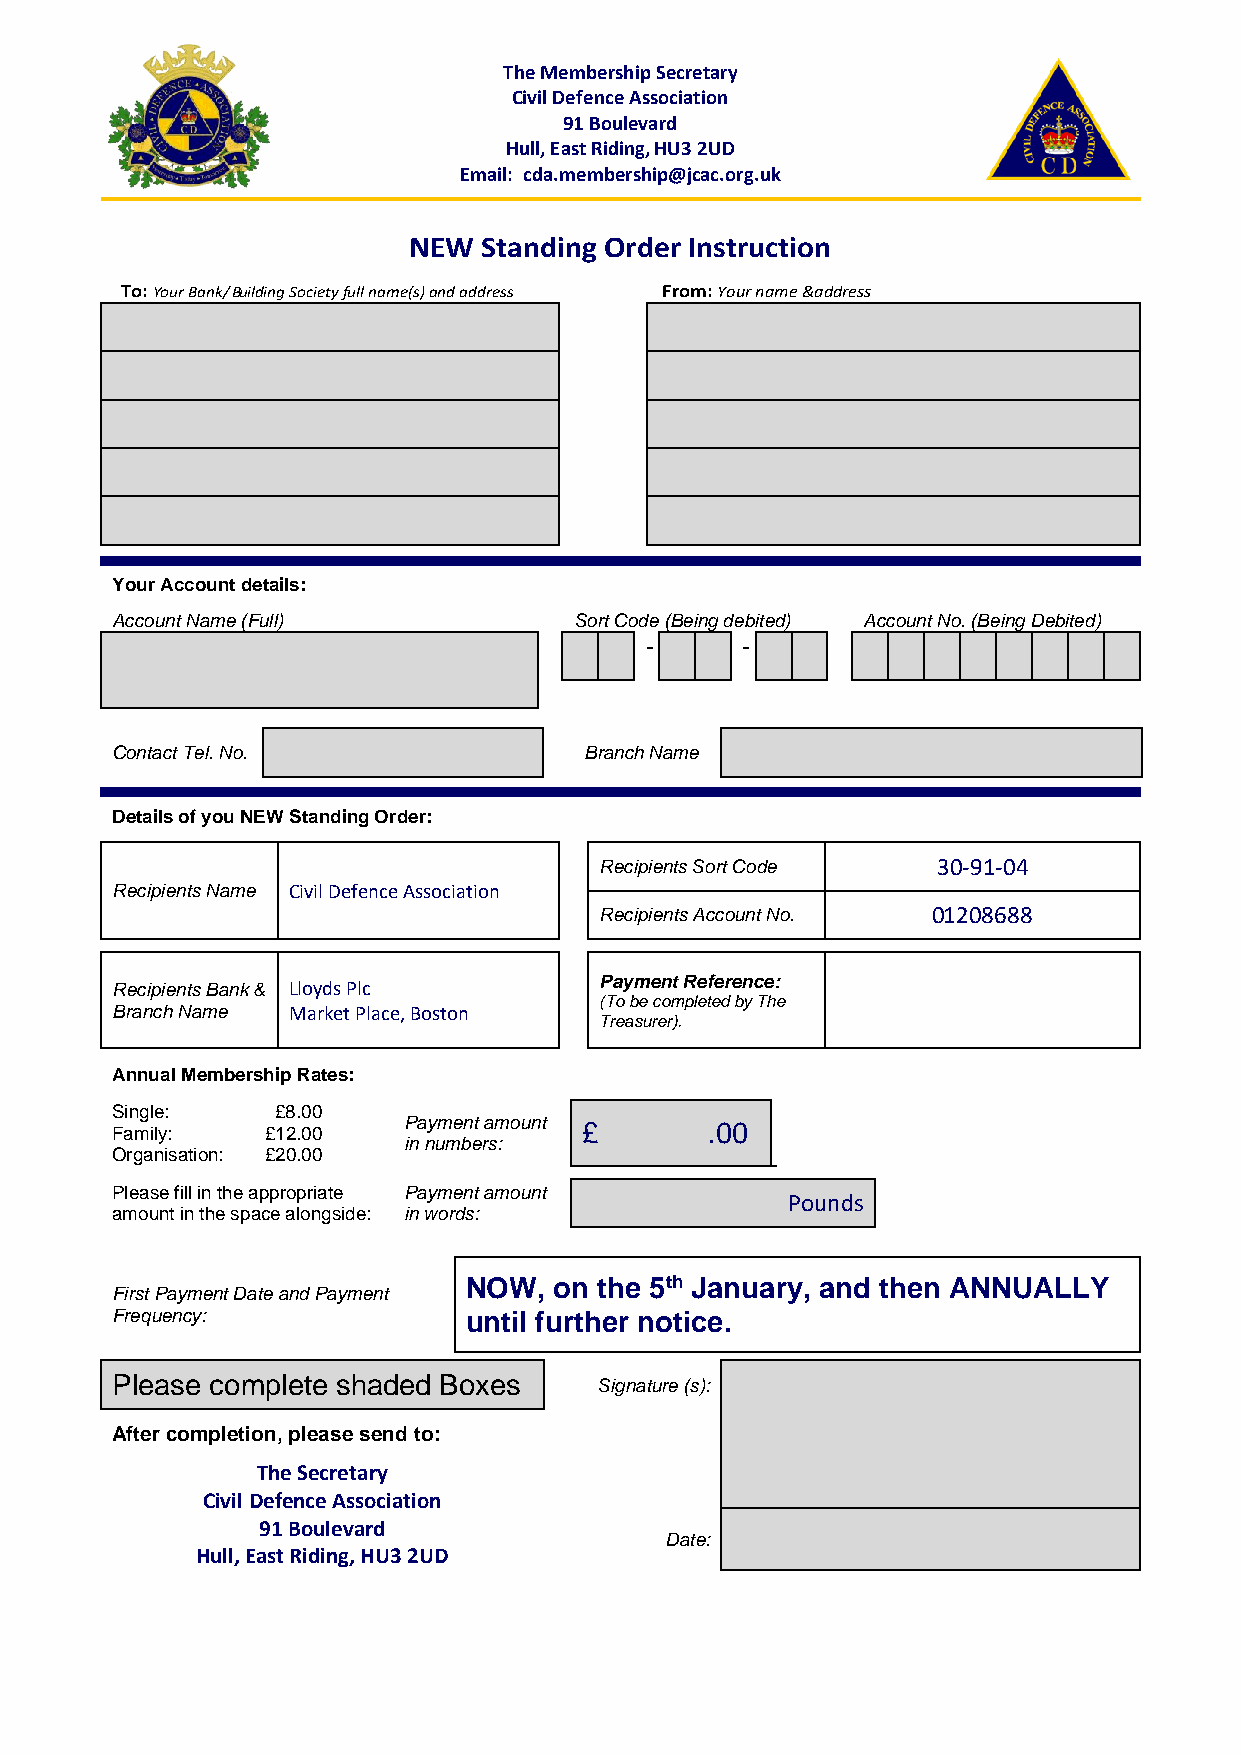
The Membership Secretary
 Civil Defence Association
 91 Boulevard
 Hull, East Riding, HU3 2UD
 Email: cda.membership@jcac.org.uk
 NEW  Standing Order Instruction
 To: Your Bank/ Building Society full name(s) and address From: Your name &address
 Your Account details:
 Account Name (Full)            Sort Code (Being debited) Account No. (Being Debited)
 -     -
 Contact Tel. No.                Branch Name
 Details of you NEW Standing Order:
 Recipients Sort Code  30-91-04
 Recipients Name Civil Defence Association
 Recipients Account No. 01208688
 Recipients Bank & Lloyds Plc     Payment Reference:
 (To be completed by The
 Branch Name Market Place, Boston
 Treasurer).
 Annual Membership Rates:
 Single:    £8.00
 F Oa rgm ail ny i:
 s ation:
 £ £1 22 0. .0 00
 0
 P ina ny um me bn et ra sm
 :
 ount £       .00
 Please fill in the appropriate Payment amount
 Pounds
 amount in the space alongside: in words:
 NOW,  on the 5th January, and then ANNUALLY
 First Payment Date and Payment
 Frequency:              until further notice.
 Please complete shaded Boxes     Signature (s):
 After completion, please send to:
 The Secretary
 Civil Defence Association
 91 Boulevard
 Date:
 Hull, East Riding, HU3 2UD